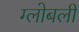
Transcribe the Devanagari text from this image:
ग्लोबली